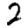
Digit: 2